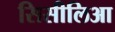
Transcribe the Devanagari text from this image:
सिसीलिआ